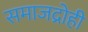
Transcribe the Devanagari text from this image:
समाजद्रोही